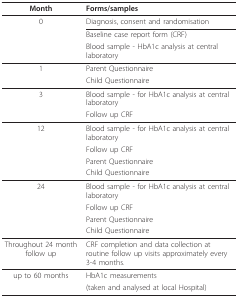
| Month | Forms/samples |
 | --- | --- |
 | 0 | Diagnosis, consent and randomisation |
 |  | Baseline case report form (CRF) |
 |  | Blood sample - HbA1c analysis at central laboratory |
 | 1 | Parent Questionnaire |
 |  | Child Questionnaire |
 | 3 | Blood sample - for HbA1c analysis at central laboratory |
 |  | Follow up CRF |
 | 12 | Blood sample - for HbA1c analysis at central laboratory |
 |  | Follow up CRF |
 |  | Parent Questionnaire |
 |  | Child Questionnaire |
 | 24 | Blood sample - for HbA1c analysis at central laboratory |
 |  | Follow up CRF |
 |  | Parent Questionnaire |
 |  | Child Questionnaire |
 | Throughout 24 month follow up | CRF completion and data collection at routine follow up visits approximately every 3-4 months. |
 | up to 60 months | HbA1c measurements |
 |  | (taken and analysed at local Hospital) |